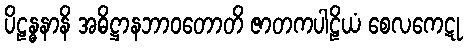
ပိဠန္ဓနာနိ အဓိဋ္ဌာနဘာဝတောတိ ဇာတကပါဠိယံ စေလကေဋု